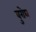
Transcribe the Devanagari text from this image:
बुरोघ